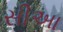
સીઆ